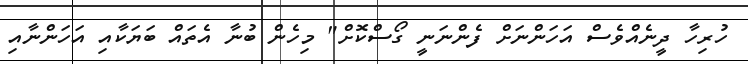
ހުރިހާ ދީނެއްވެސް އަހަންނަށް ފެންނަނީ ގޯސްކޮށް" މިހެން ބުނާ އެތައް ބަޔަކާއި އަހަންނާއި